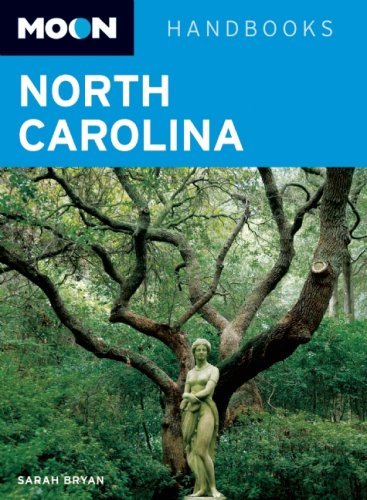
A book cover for Moon North Carolina (Moon Handbooks); Sarah Bryan; Travel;